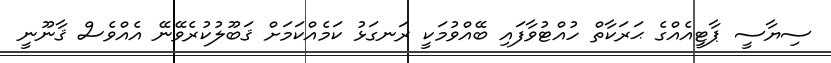
ސިޔާސީ ޕާޓީއެއްގެ ޙަރަކާތް ހުއްޓުވާފައި ބޭއްވުމަކީ ރަނގަޅު ކަމެއްކަމަށް ޤަބޫލުކުރެވޭނޭ އެއްވެސް ޤާނޫނީ